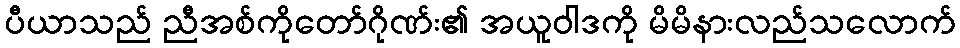
ပီယာသည် ညီအစ်ကိုတော်ဂိုဏ်း၏ အယူဝါဒကို မိမိနားလည်သလောက်